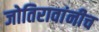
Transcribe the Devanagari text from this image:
जोतिरावांनीच